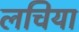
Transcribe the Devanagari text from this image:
लचिया